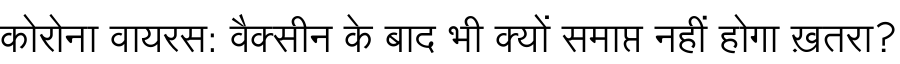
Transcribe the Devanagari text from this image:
कोरोना वायरस: वैक्सीन के बाद भी क्यों समाप्त नहीं होगा ख़तरा?